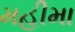
મહીમા